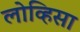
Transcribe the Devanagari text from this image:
लोव्हिसा